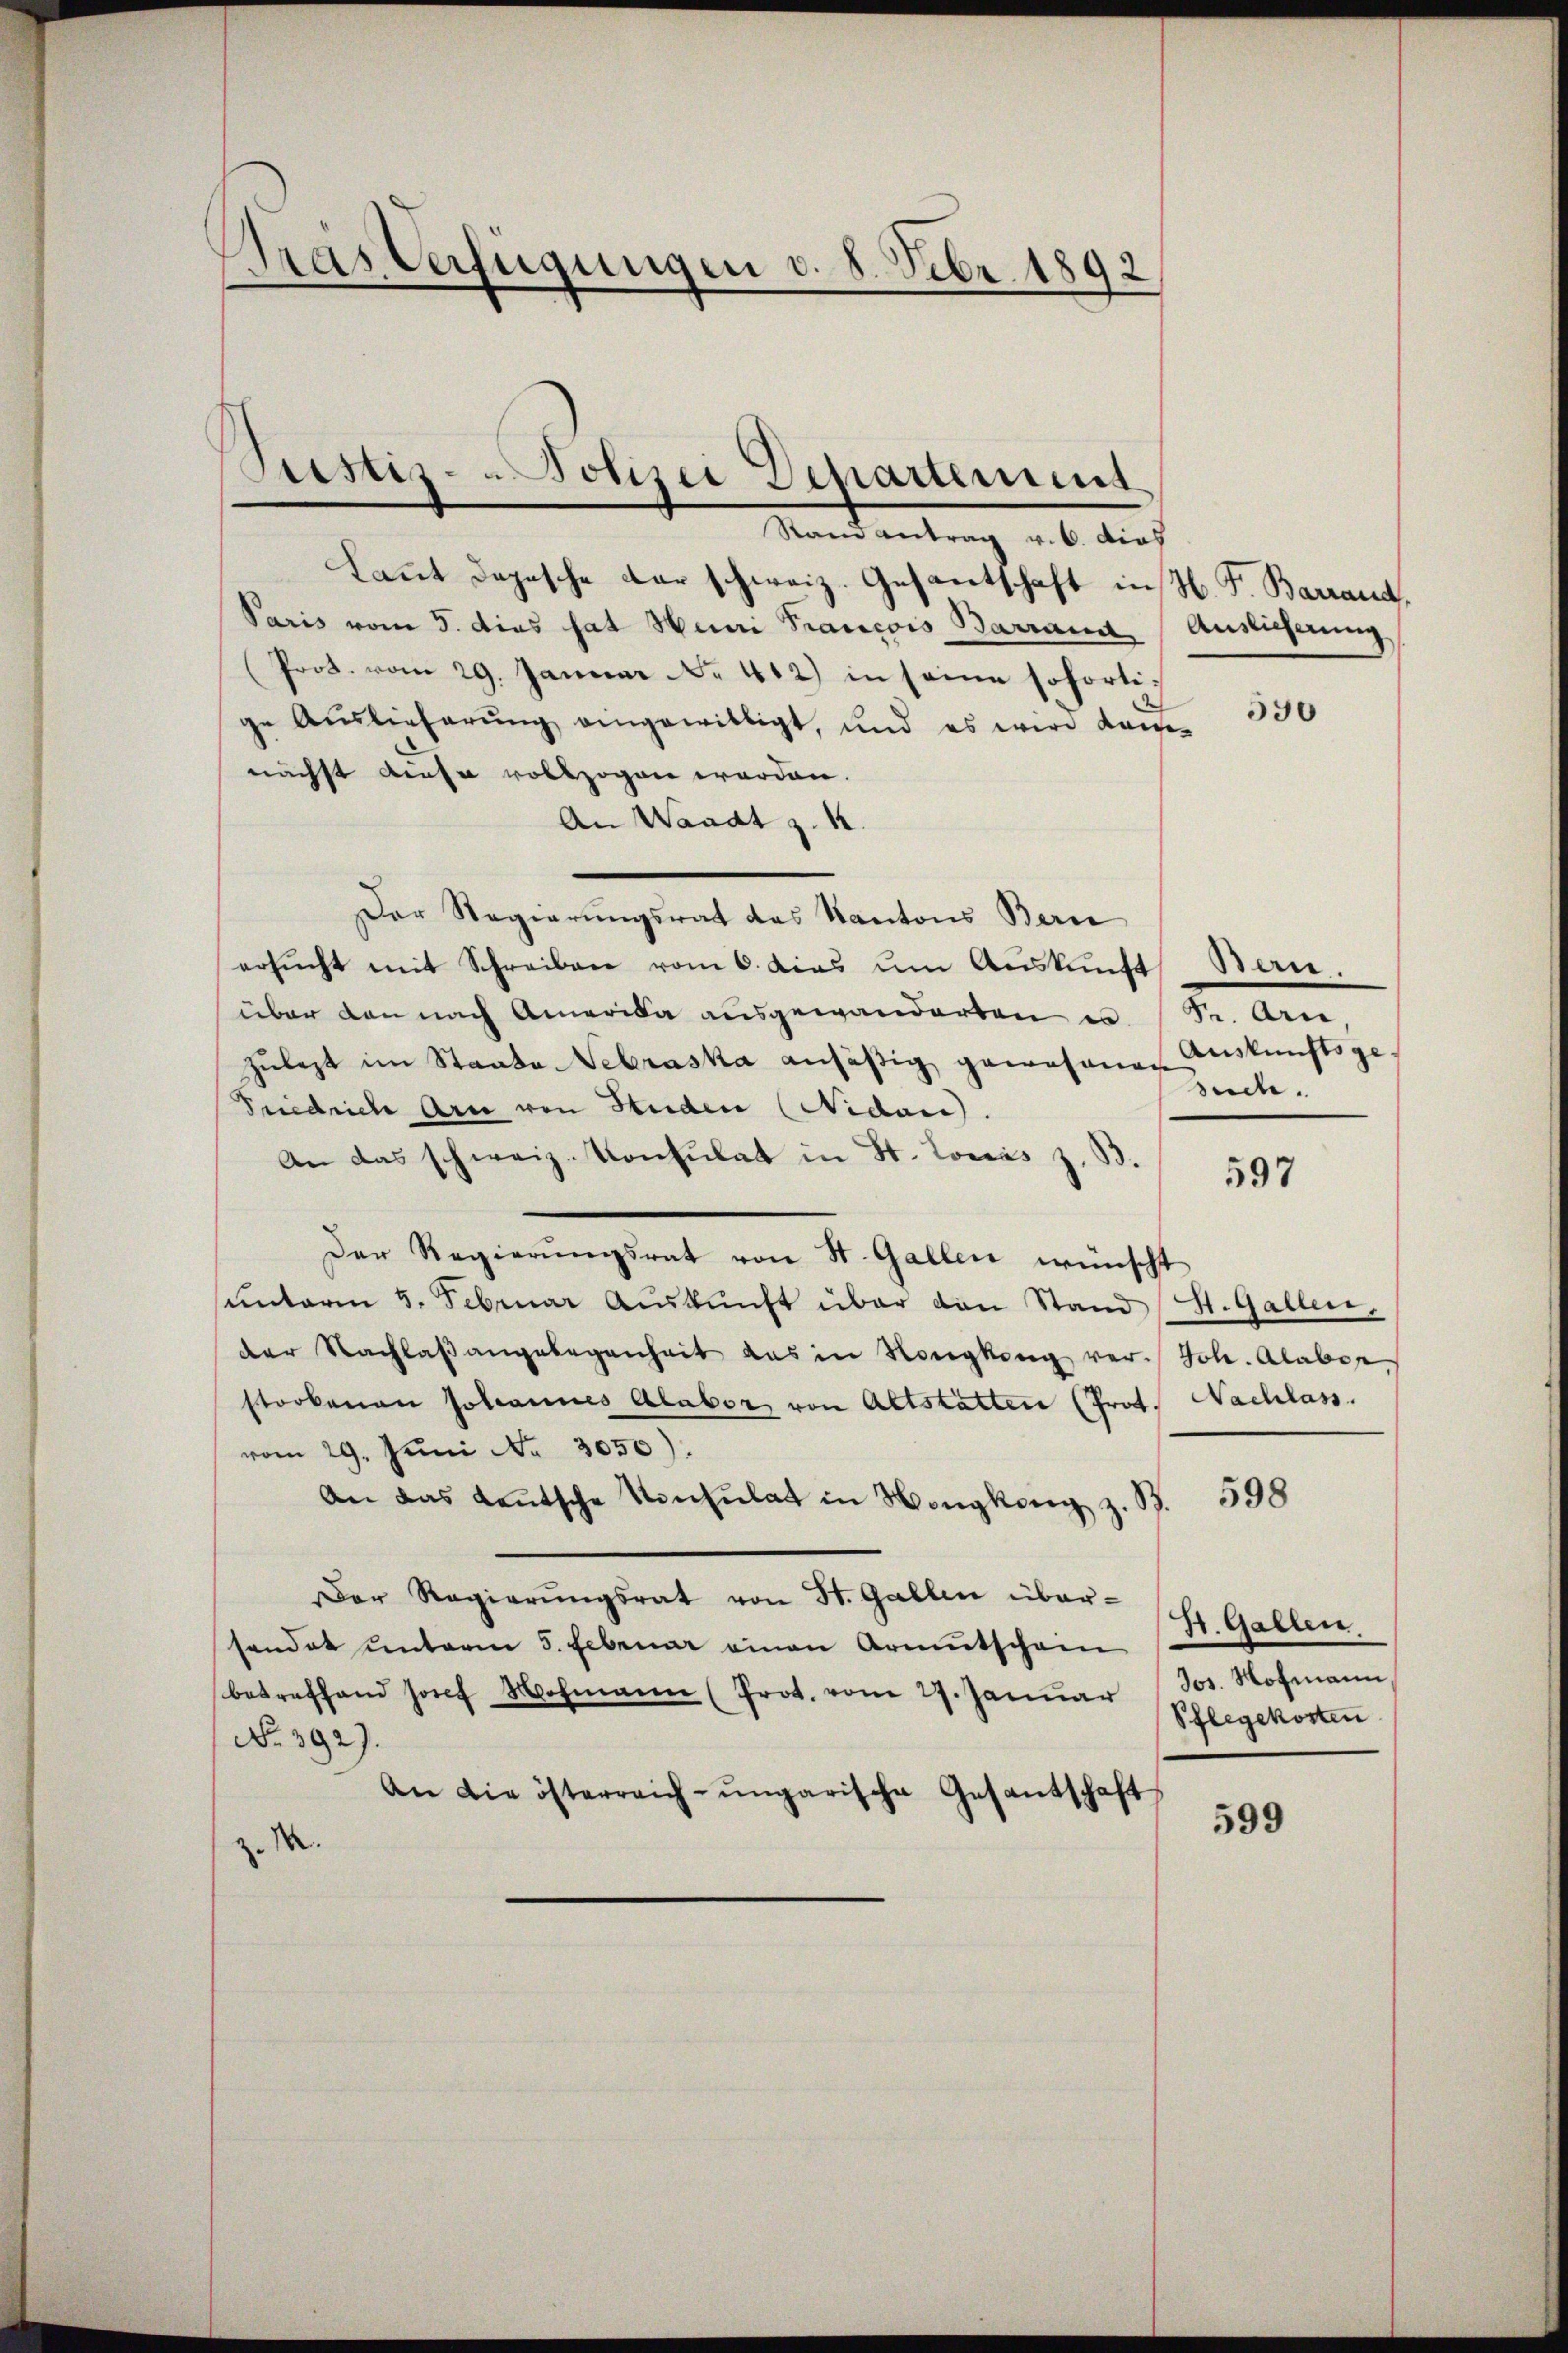
Pras Verfügungen d. 8. Febr. 1892

Stestiz-Polizei Departement

Stand antrag v. 6. dies
Laut dopesche der schweiz. Gesantschaft in H. F. Barrand,
Paris vom 5. dies hat Huni Prancois Barramt Auslieferung
Prod. vom 29. Januar No. 412) in seine sofortige Auslieferung eingewilligt, und es wird kom-
nächst diese vollzogen worden.
An Waadt z. R.
Der Regierungsrat das Kantons Beri
ersŭcht mit Schreiben vom 6. das ŭm Aŭskŭnft Bern.
über den nach Amerika ausgewanderten u. S. Arn
zulast im Staate Gebraska ansäßig gewesenen
Siedrich Arn von Studen (Nidaris.
An das schweiz. Konsulat in St. Lonás z. B.
Der Regierŭngsrat von St. Gallen wünscht
sunterm 5. Februar Aŭskŭnft über von Stand (St. Gallen,
der Nachlaβ angelegenheit das in Konkung ver- Joh. Alabor
starkenen Johannes Alabor von Altstatten (Prot. Nachlass.
vom 29. Juni No 3050).
An das Laŭtsche Konsulat in Mongkong z. B.
Der Regierŭngsrat von St. Gallen übersendet ŭnterm 5. Februar einen Armutschein (St. Gallen,
betreffend hof Wohmann (Prot. vom 27. Janŭar Jos. Hofmann,
No 392).
An die österreich-ungarische Gesantschaft
z. M.

330

Auskunftsge
sude.

597

598

Pflegekosten

599